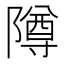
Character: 𱀵